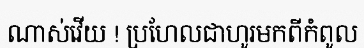
ណាស់វើយ ! ប្រហែលជាហូរមកពីកំពូល